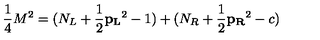
{ \frac { 1 } { 4 } } M ^ { 2 } = ( N _ { L } + { \frac { 1 } { 2 } } { \bf p _ { L } } ^ { 2 } - 1 ) + ( N _ { R } + { \frac { 1 } { 2 } } { \bf p _ { R } } ^ { 2 } - c )